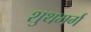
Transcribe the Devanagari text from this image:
शुथमर्ग